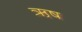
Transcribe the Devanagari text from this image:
ऋष